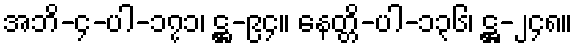
အဘိ-၄-ပါ-၁၇၁၊ ဋ္ဌ-၉၄။ နေတ္တိ-ပါ-၁၃၆၊ ဋ္ဌ-၂၄၈။